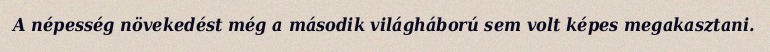
A népesség növekedést még a második világháború sem volt képes megakasztani.